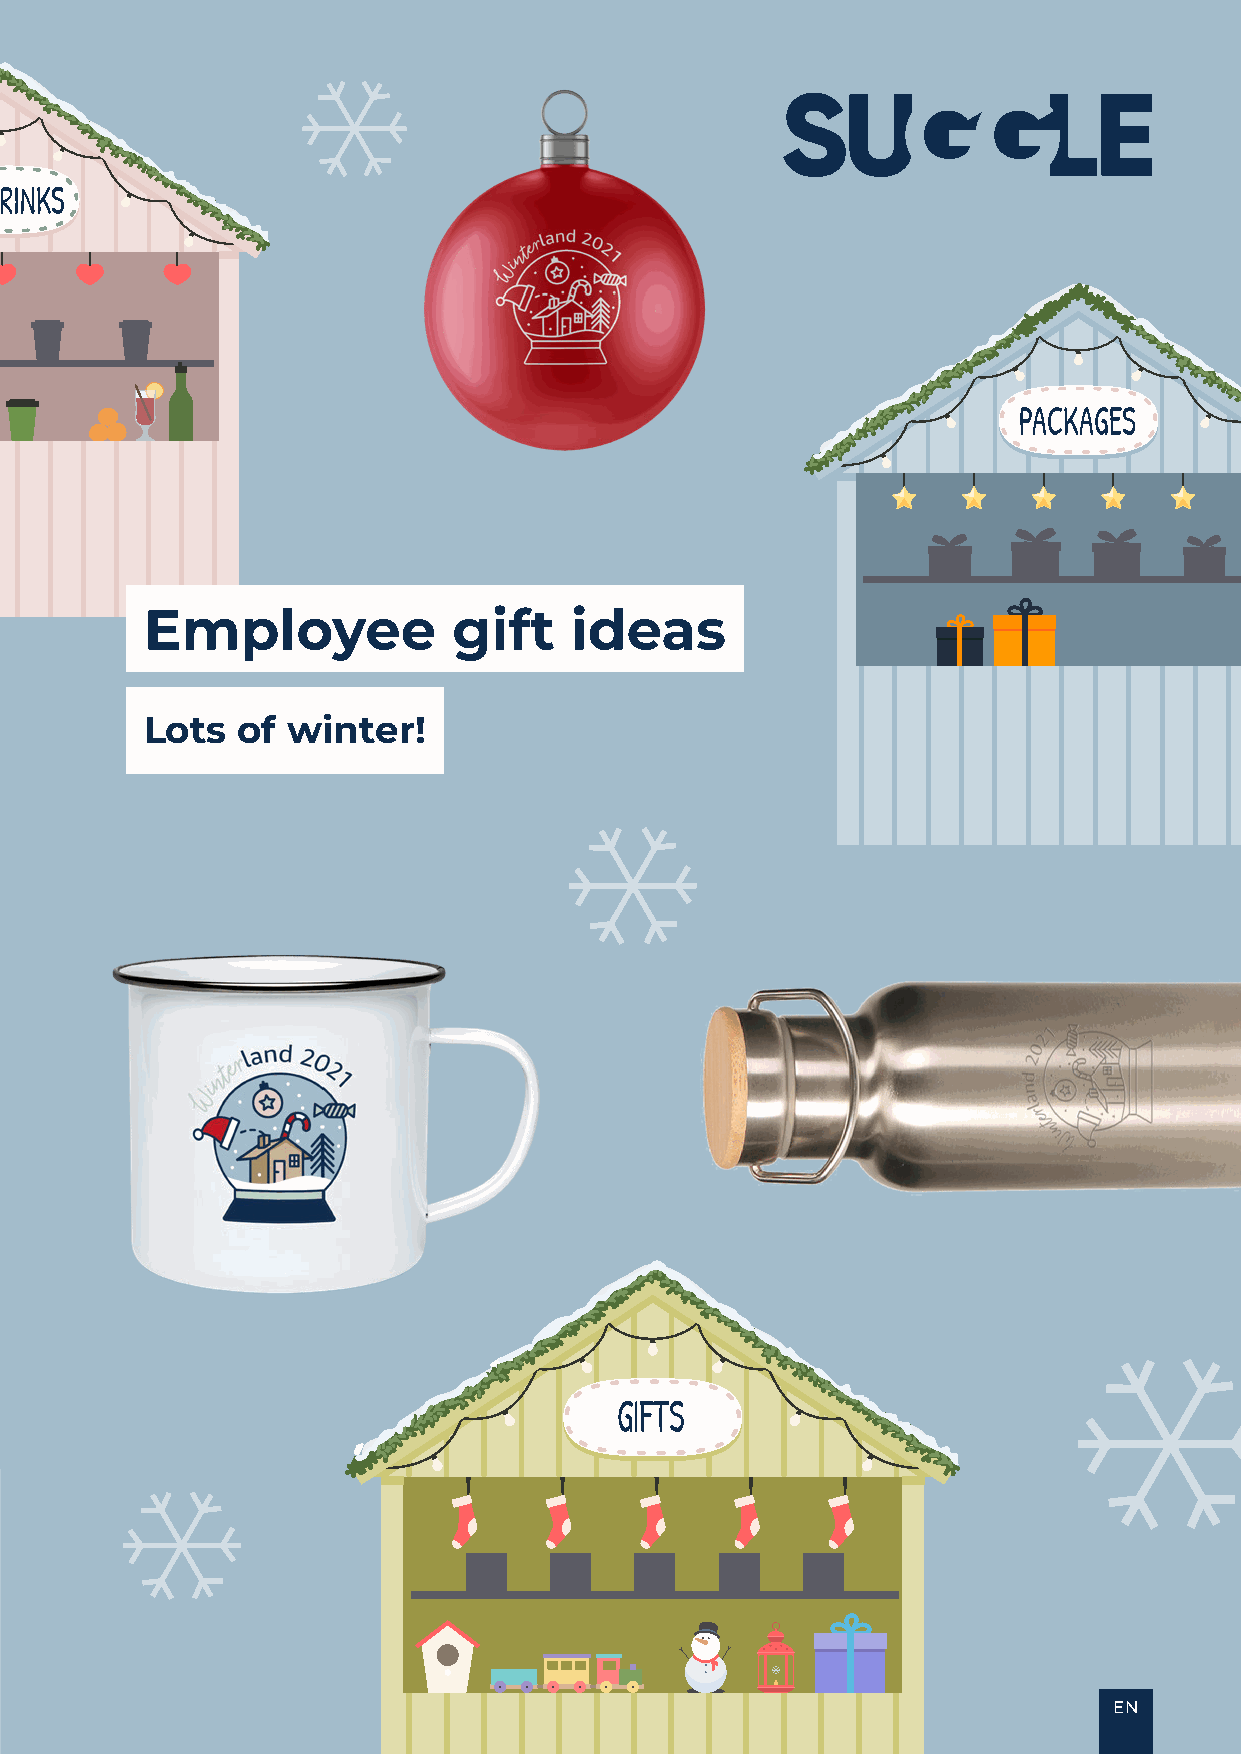
HOT DRINKS
 PACKAGES
 Employee            gift    ideas
 Lots  of winter!
 SWEETS
 GIFTS
 EN